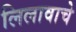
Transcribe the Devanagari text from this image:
लिलावाचे